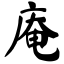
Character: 庵